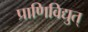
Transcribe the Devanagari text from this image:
प्राणिविद्युत्